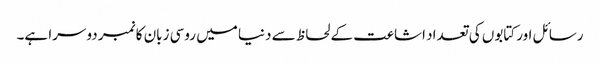
رسائل اور کتابوں کی تعداد اشاعت کے لحاظ سے دنیا میں روسی زبان کا نمبر دوسرا ہے۔